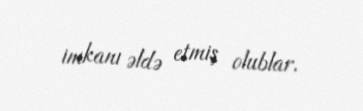
imkanı əldə etmiş olublar.